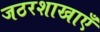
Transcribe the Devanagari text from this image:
जठरशाखाएँ